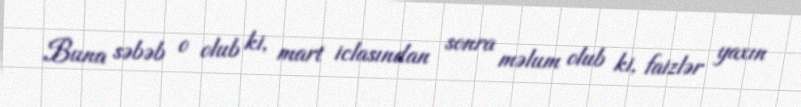
Buna səbəb o olub ki, mart iclasından sonra məlum olub ki, faizlər yaxın